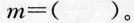
$$m=( )$$。